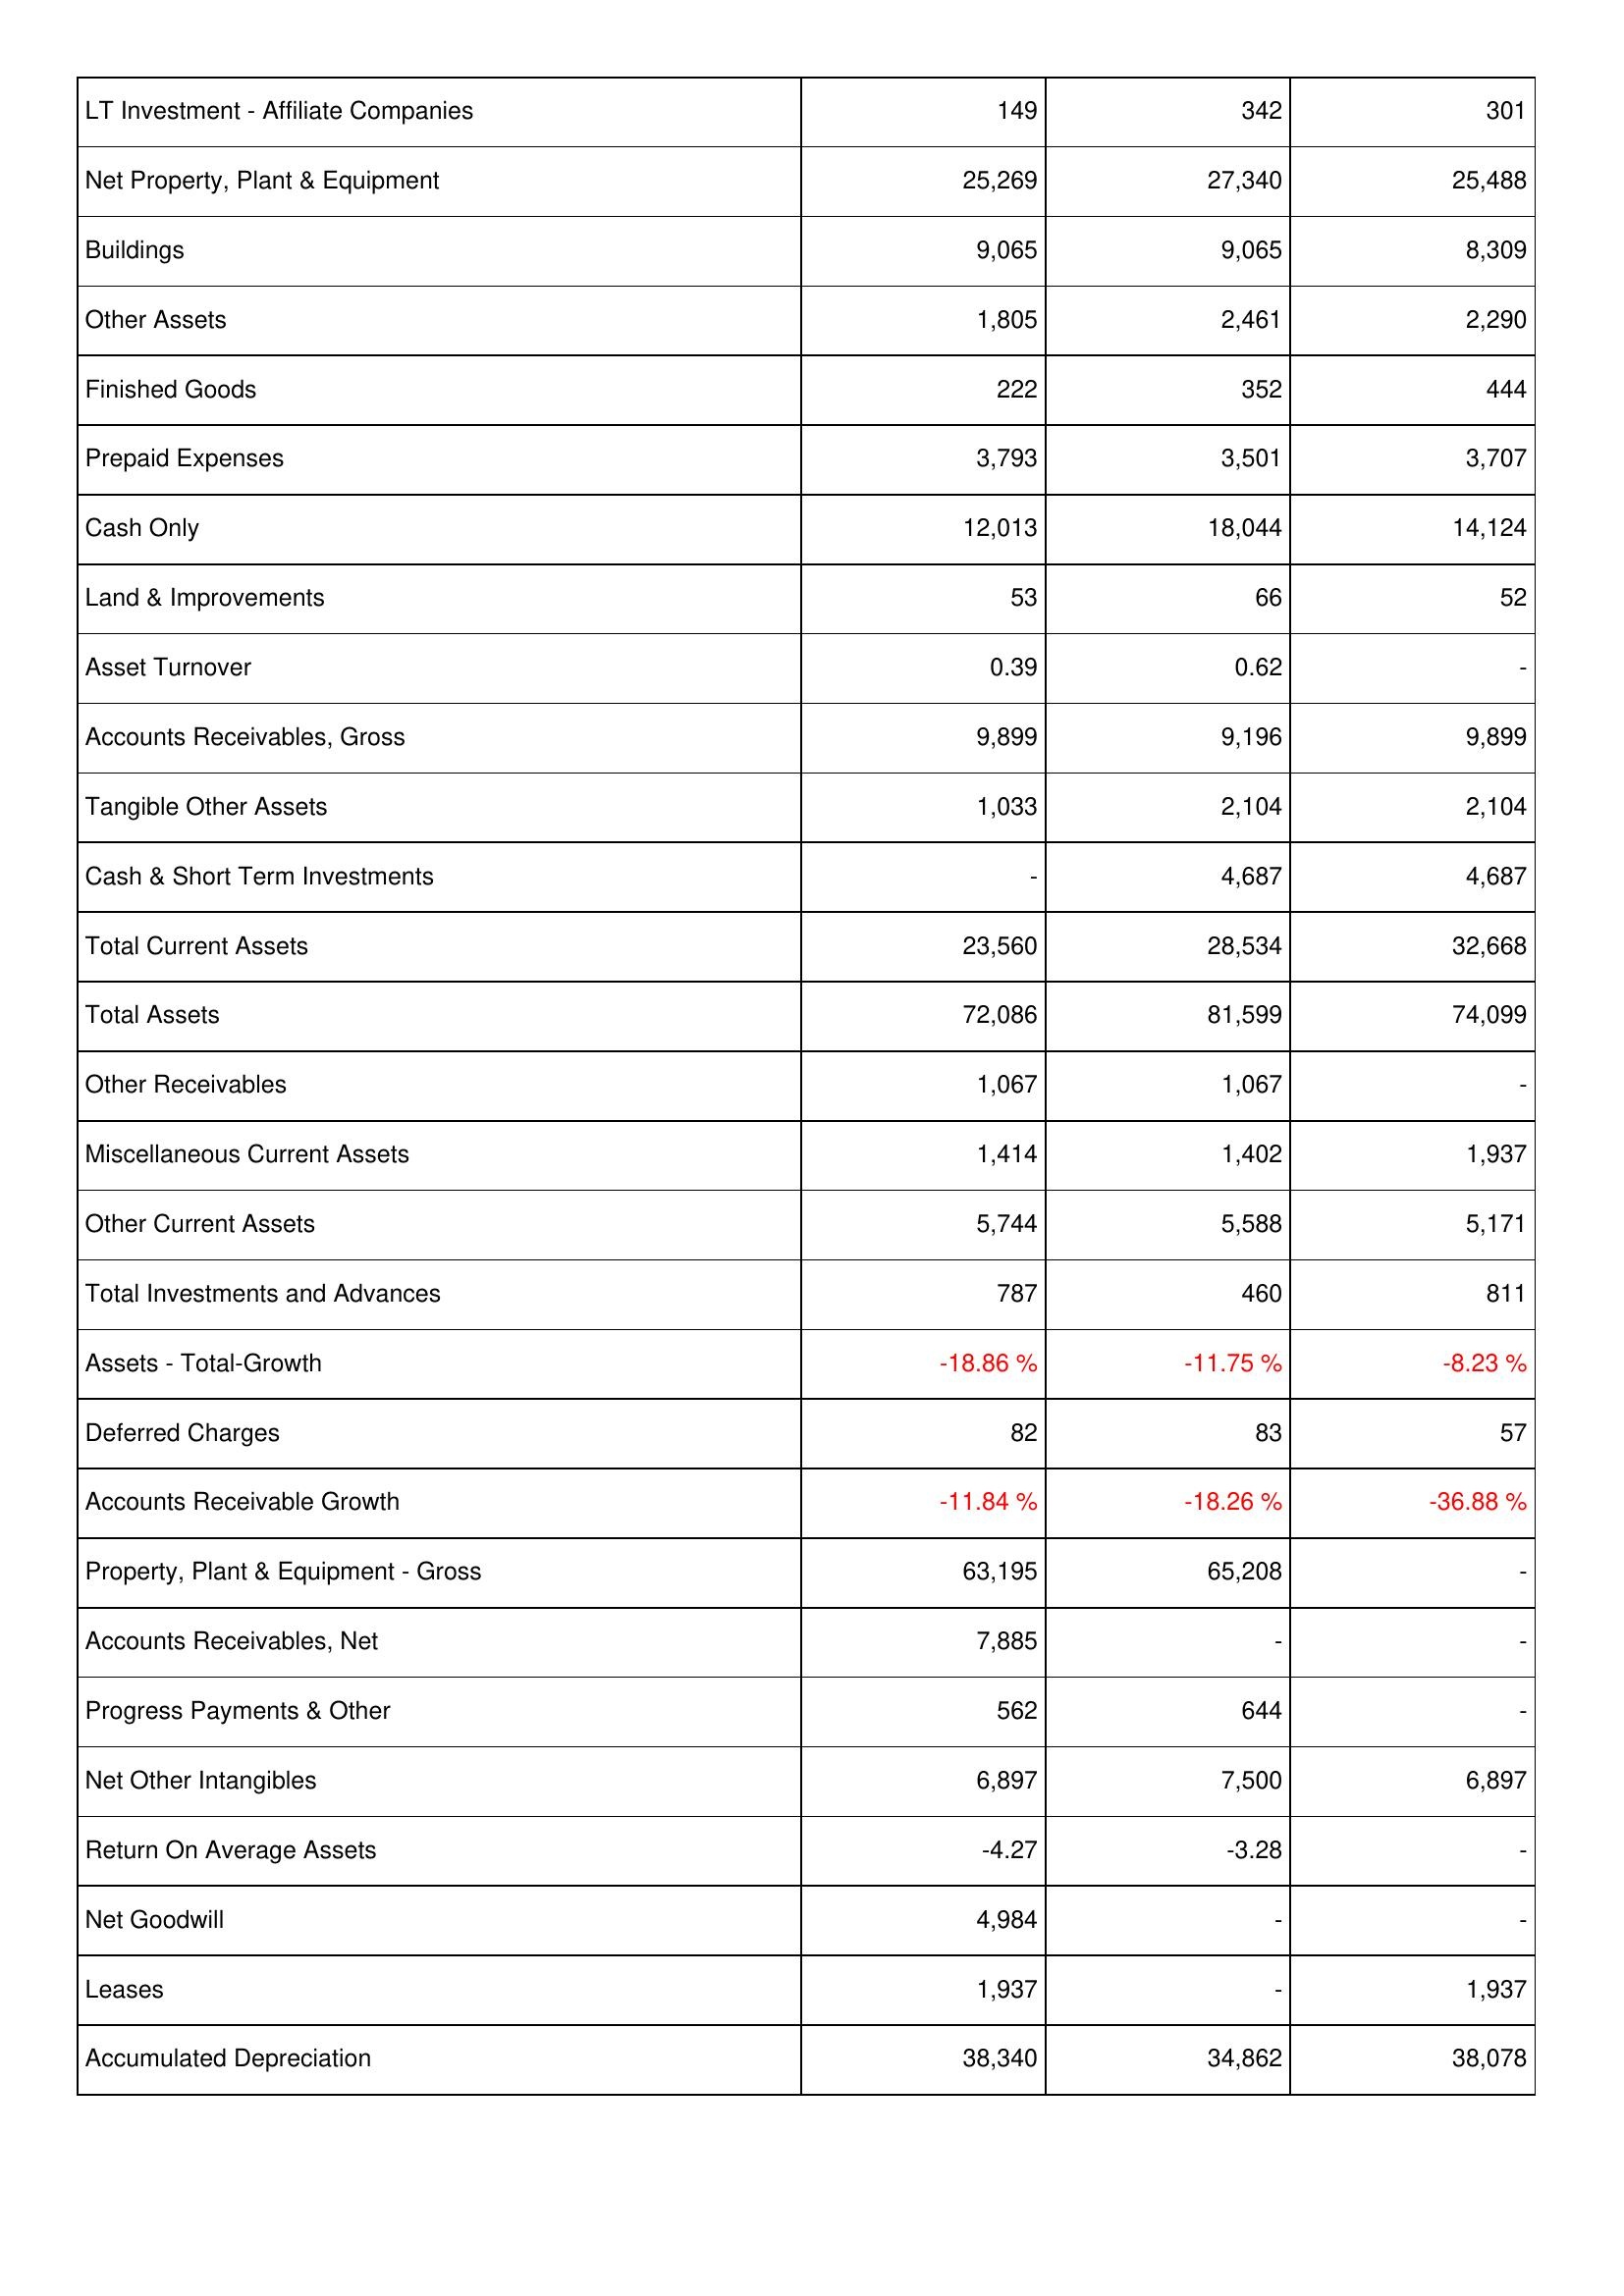
2007: Assets: LT Investment - Affiliate Companies: 149
Net Property, Plant & Equipment: 25,269
Buildings: 9,065
Other Assets: 1,805
Finished Goods: 222
Prepaid Expenses: 3,793
Cash Only: 12,013
Land & Improvements: 53
Asset Turnover: 0.39
Accounts Receivables, Gross: 9,899
Tangible Other Assets: 1,033
Cash & Short Term Investments: -
Total Current Assets: 23,560
Total Assets: 72,086
Other Receivables: 1,067
Miscellaneous Current Assets: 1,414
Other Current Assets: 5,744
Total Investments and Advances: 787
Assets - Total-Growth: -18.86 %
Deferred Charges: 82
Accounts Receivable Growth: -11.84 %
Property, Plant & Equipment - Gross: 63,195
Accounts Receivables, Net: 7,885
Progress Payments & Other: 562
Net Other Intangibles: 6,897
Return On Average Assets: -4.27
Net Goodwill: 4,984
Leases: 1,937
Accumulated Depreciation: 38,340
2008: Assets: LT Investment - Affiliate Companies: 342
Net Property, Plant & Equipment: 27,340
Buildings: 9,065
Other Assets: 2,461
Finished Goods: 352
Prepaid Expenses: 3,501
Cash Only: 18,044
Land & Improvements: 66
Asset Turnover: 0.62
Accounts Receivables, Gross: 9,196
Tangible Other Assets: 2,104
Cash & Short Term Investments: 4,687
Total Current Assets: 28,534
Total Assets: 81,599
Other Receivables: 1,067
Miscellaneous Current Assets: 1,402
Other Current Assets: 5,588
Total Investments and Advances: 460
Assets - Total-Growth: -11.75 %
Deferred Charges: 83
Accounts Receivable Growth: -18.26 %
Property, Plant & Equipment - Gross: 65,208
Accounts Receivables, Net: -
Progress Payments & Other: 644
Net Other Intangibles: 7,500
Return On Average Assets: -3.28
Net Goodwill: -
Leases: -
Accumulated Depreciation: 34,862
2009: Assets: LT Investment - Affiliate Companies: 301
Net Property, Plant & Equipment: 25,488
Buildings: 8,309
Other Assets: 2,290
Finished Goods: 444
Prepaid Expenses: 3,707
Cash Only: 14,124
Land & Improvements: 52
Asset Turnover: -
Accounts Receivables, Gross: 9,899
Tangible Other Assets: 2,104
Cash & Short Term Investments: 4,687
Total Current Assets: 32,668
Total Assets: 74,099
Other Receivables: -
Miscellaneous Current Assets: 1,937
Other Current Assets: 5,171
Total Investments and Advances: 811
Assets - Total-Growth: -8.23 %
Deferred Charges: 57
Accounts Receivable Growth: -36.88 %
Property, Plant & Equipment - Gross: -
Accounts Receivables, Net: -
Progress Payments & Other: -
Net Other Intangibles: 6,897
Return On Average Assets: -
Net Goodwill: -
Leases: 1,937
Accumulated Depreciation: 38,078